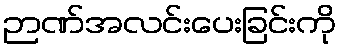
ဉာဏ်အလင်းပေးခြင်းကို